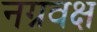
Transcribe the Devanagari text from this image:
नग्नवक्ष